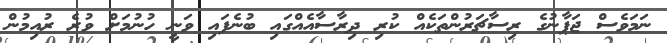
ނަމަވެސް ޖަޕާނުގެ ރިސާޗަރުންތަކެއް ކުރި ދިރާސާއެއްގައި ބުނެފައި ވަނީ ހުނުމަށް ވުރެ ރުއިމުން